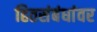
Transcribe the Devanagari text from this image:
हितसंबंधांवर